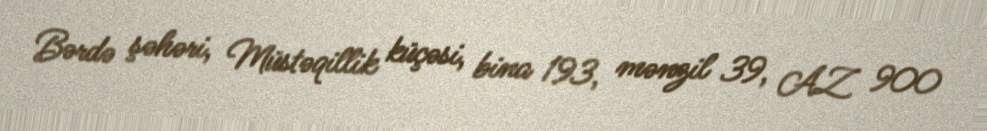
Bərdə şəhəri, Müstəqillik küçəsi, bina 193, mənzil 39, AZ 900